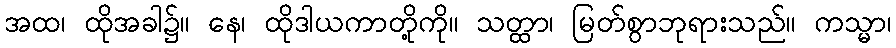
အထ၊ ထိုအခါ၌။ နေ၊ ထိုဒါယကာတို့ကို။ သတ္ထာ၊ မြတ်စွာဘုရားသည်။ ကသ္မာ၊